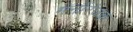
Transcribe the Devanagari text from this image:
मनोंरंजक